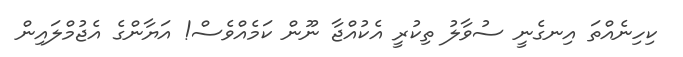
ކިހިނެއްތަ އިނގެނީ ސުވާލު ތިކުރީ އެކުއްޖާ ނޫން ކަމެއްވެސް! އަޔާންގެ އެޖުމްލައިން